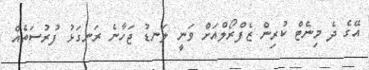
އޭގެ ދެ މިނެޓް ކުރިން ޒެފްރޯލްއަށް ވަނީ ލަނޑު ޖަހާނެ ރަނގަޅު ފުރުސަތެއް